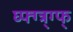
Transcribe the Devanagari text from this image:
घ्फ्ग्त्र्ग्फ्